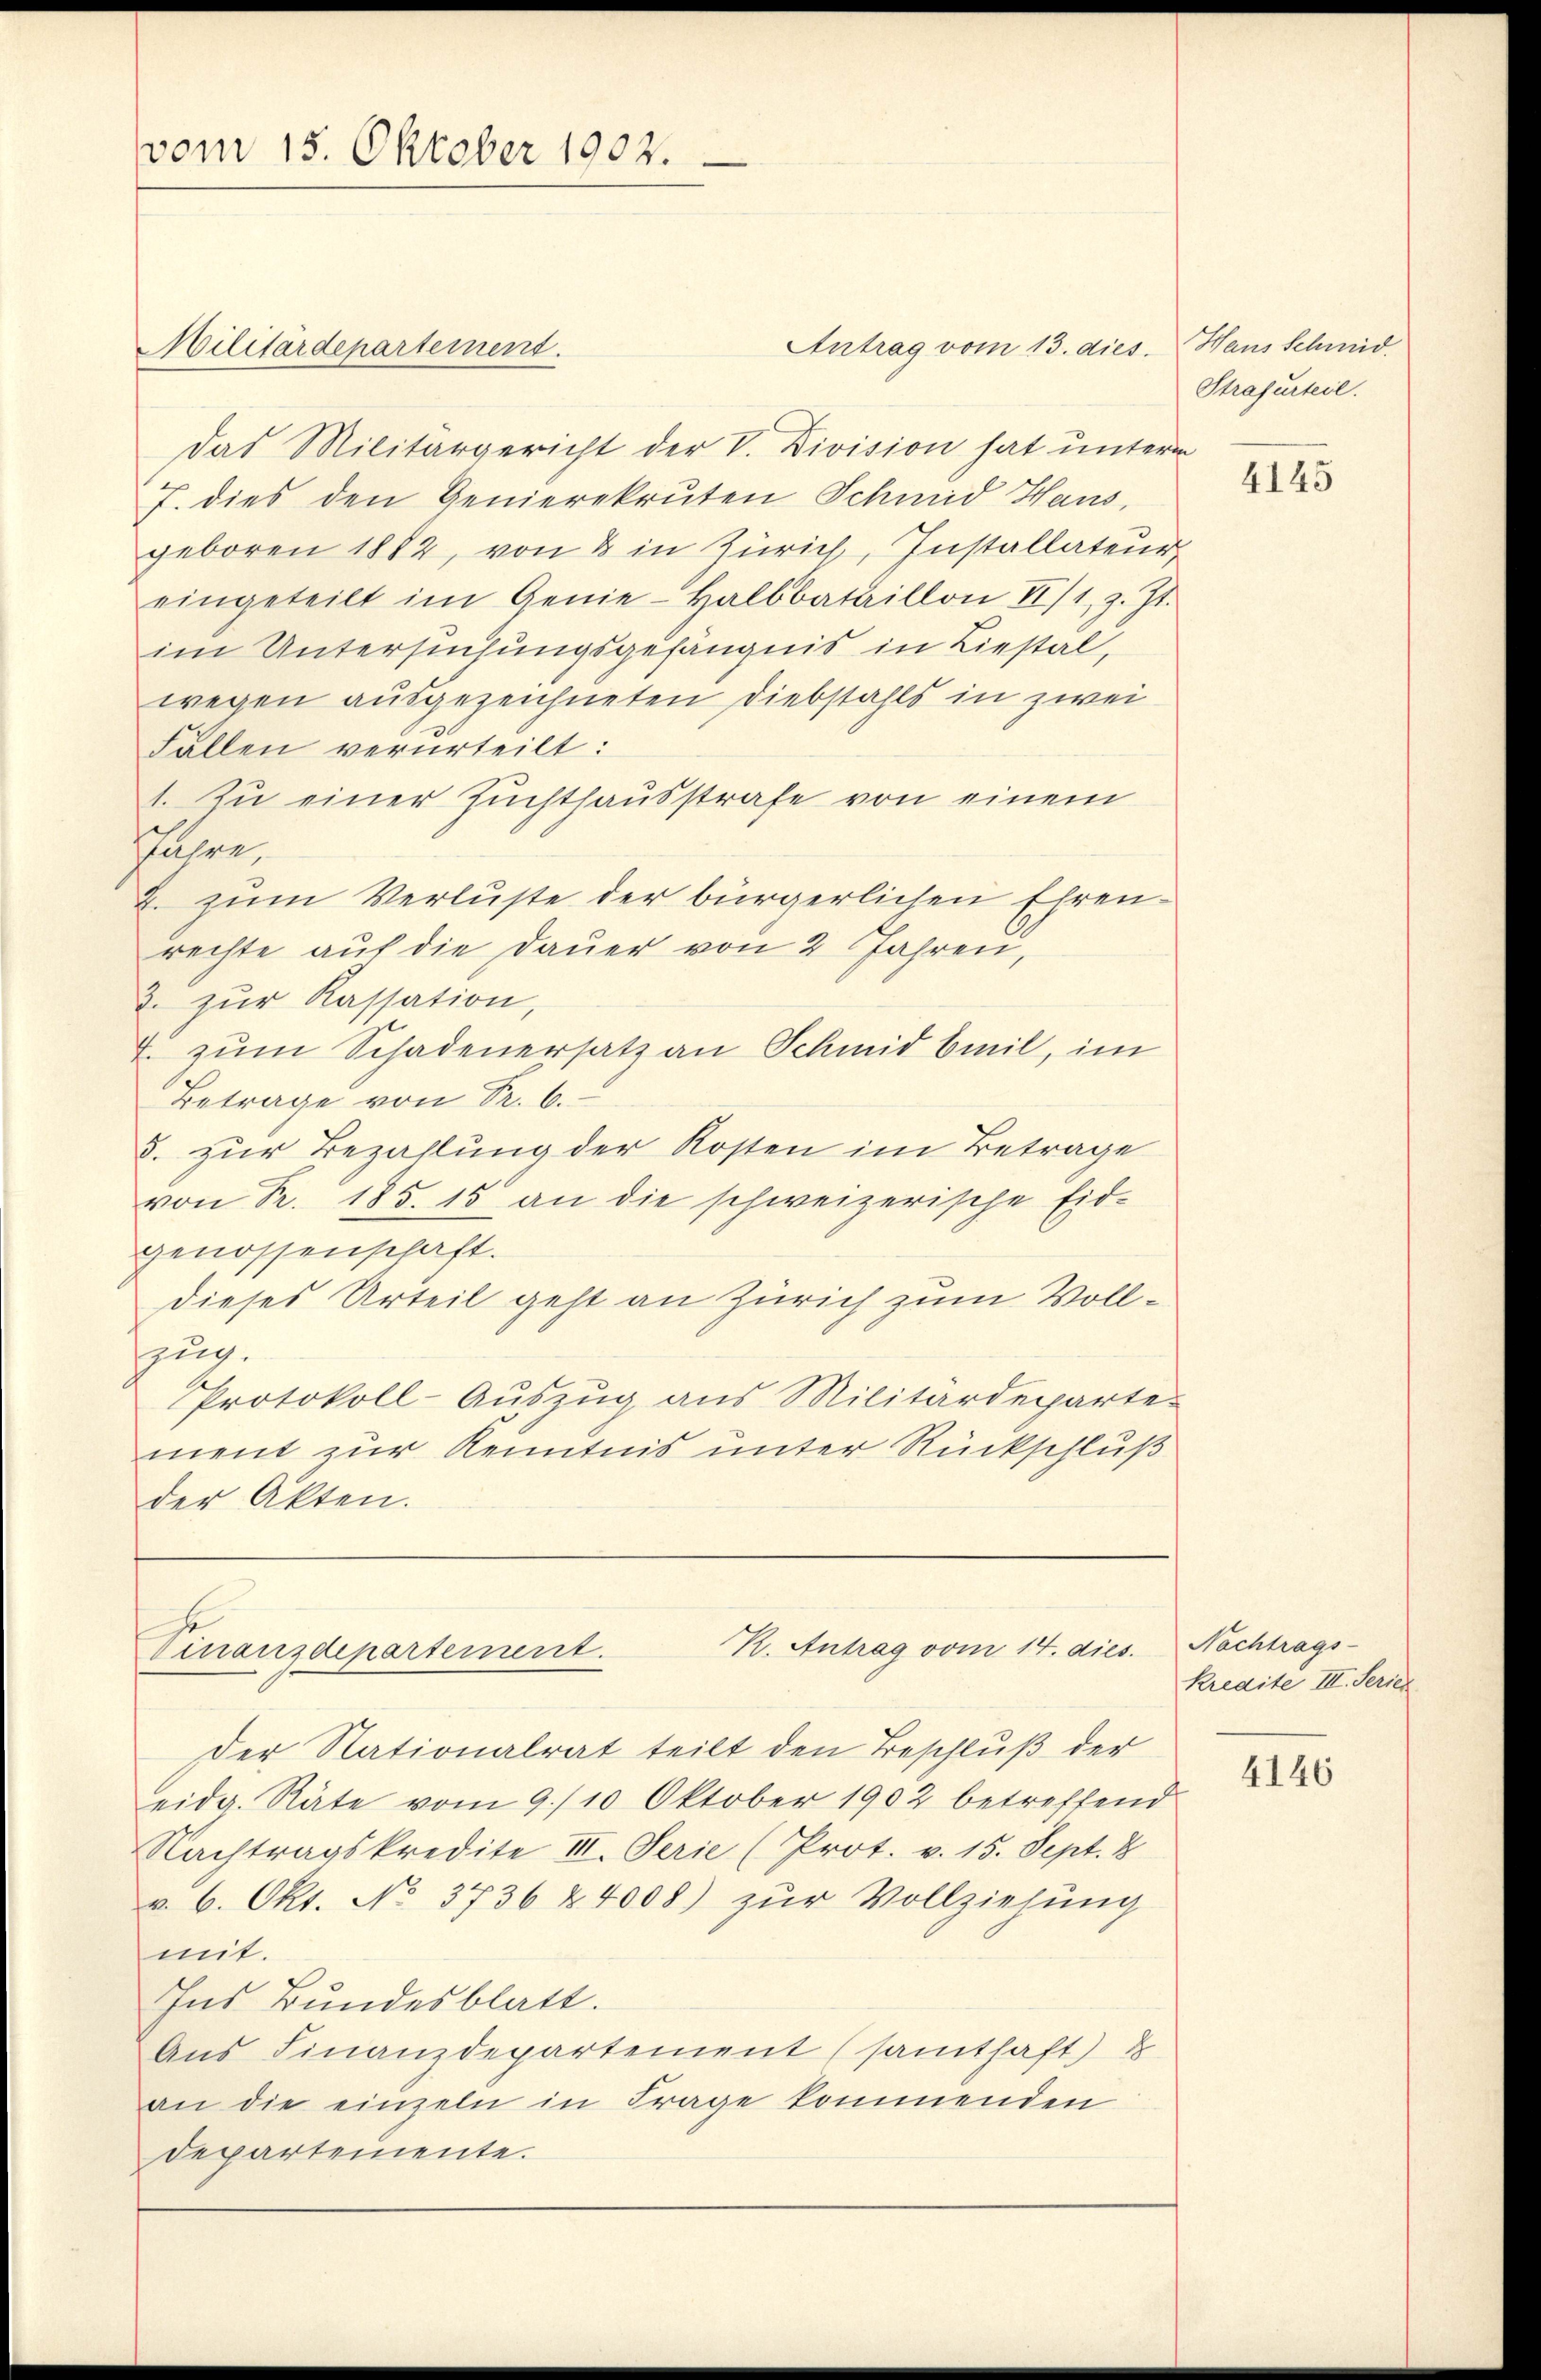
Antrag vom 13. dies. Hans Schmid
Militärdepartement.
das Militärgericht der V. Division hat untere
7. dies den Genierekruten Schmid Haus,
geboren 1882, von & in Zürich, Installateur
eingeteilt im Genie-Halbbataillon II/1, z. Zt.
im Untersuchungsgefängnis in Liestal,
wegen ausgezeichneten Diebstahls in zwei
Fällen verurteilt:
1. Zu einer Zuchthausstrafe von einem
hitre,
2. zum Verluste der bürgerlichen Ehrenrechte auf die Dauer von 2 Jahren,
2. zŭr Kassation,
. zŭm Schadenersatz an Schmid beil, im
Betrage von Fr. 6.
8. zur Bezahlung der Kosten im Betrage
von R. 185. 15 an die schweizerische Eid-
genossenschaft.
dieses Urteil geht an Zürich zum Vollzug.
Protokoll-Auszug aus Militärdeparte.
ment zur Kenntnis unter Rückschluß
der Akten.

vom 15. Oktober 1902.

R. Antrag vom 14. dies
Finanzdepartement.

Der Nationalrat teilt den Beschluß der
eidg. Räte vom 9./10. Oktober 1902 betreffend
Nachtragskredite III. Serie (Prot. v. 15. Sept. 8
v. 6. Okt. No. 3736 & 4008) zŭr Vollziehung
mit.
Ins Bundesblatt.
Aus Finanzdepartement (samthaft) u
an die einzeln in Frage kommenden
departemente.

Strafurteil.

4145

Nachtrags-
Kredite III. Serier

4146